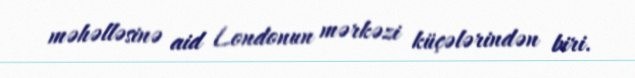
məhəlləsinə aid Londonun mərkəzi küçələrindən biri.